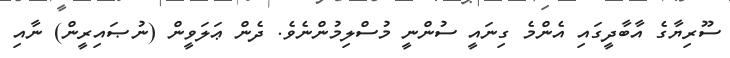
ސޫރިޔާގެ އާބާދީގައި އެންމެ ގިނައީ ސުންނީ މުސްލިމުންނެވެ. ދެން ޢަލަވީން (ނުޞައިރީން) ނާއި